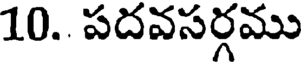
10.. పదవసర్గము